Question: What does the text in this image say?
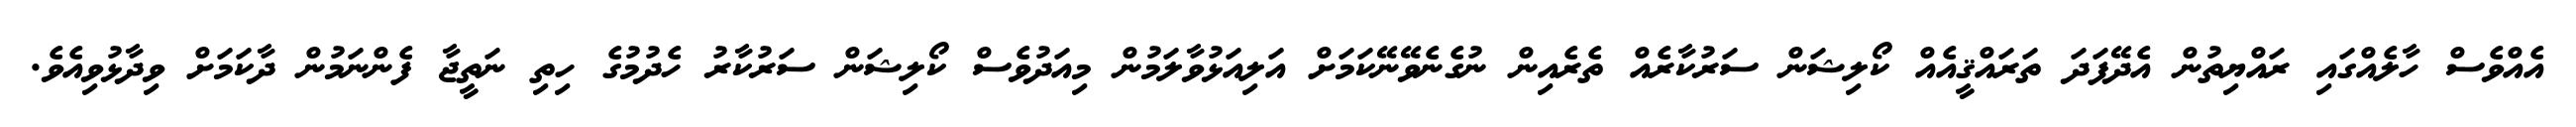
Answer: އެއްވެސް ހާލެއްގައި ރައްޔިތުން އެދޭފަދަ ތަރައްޤީއެއް ކޯލިޝަން ސަރުކާރެއް ތެރެއިން ނުގެނެވޭނޭކަމަށް އަލިއަޅުވާލަމުން މިއަދުވެސް ކޯލިޝަން ސަރުކާރު ހެދުމުގެ ހިތި ނަތީޖާ ފެންނަމުން ދާކަމަށް ވިދާޅުވިއެވެ.